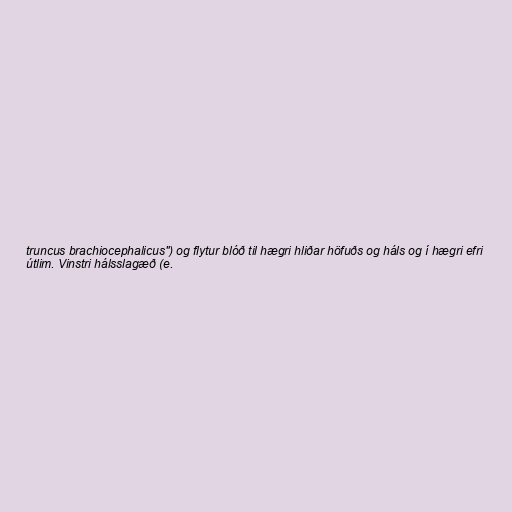
truncus brachiocephalicus") og flytur blóð til hægri hliðar höfuðs og háls og í hægri efri
útlim. Vinstri hálsslagæð (e.